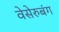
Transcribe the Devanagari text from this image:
वेसेरुबंग